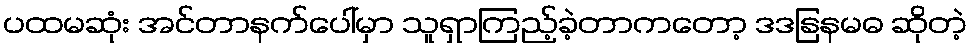
ပထမဆုံး အင်တာနက်ပေါ်မှာ သူရှာကြည့်ခဲ့တာကတော့ ဒဒနြနမဓ ဆိုတဲ့